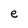
Character: e